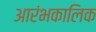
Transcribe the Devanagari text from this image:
आरंभकालिक